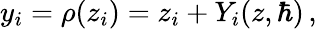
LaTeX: y_{i}=\rho(z_{i})=z_{i}+Y_{i}(z,\hbar)\, ,